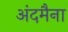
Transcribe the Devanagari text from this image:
अंदमैना